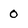
Character: 0